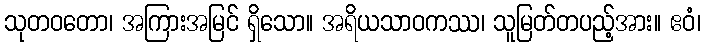
သုတဝတော၊ အကြားအမြင် ရှိသော။ အရိယသာဝကဿ၊ သူမြတ်တပည့်အား။ ဧဝံ၊